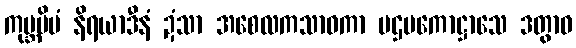
ကုမ္ဘမိမံ နိရယာဒီနံ ဍံသာ အစေလကသာဝကာ ပဌမကောဋ္ဌာသေ ဒတွာဝ